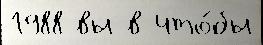
1988 вы в что́бы